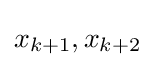
x_{k+1},x_{k+2}